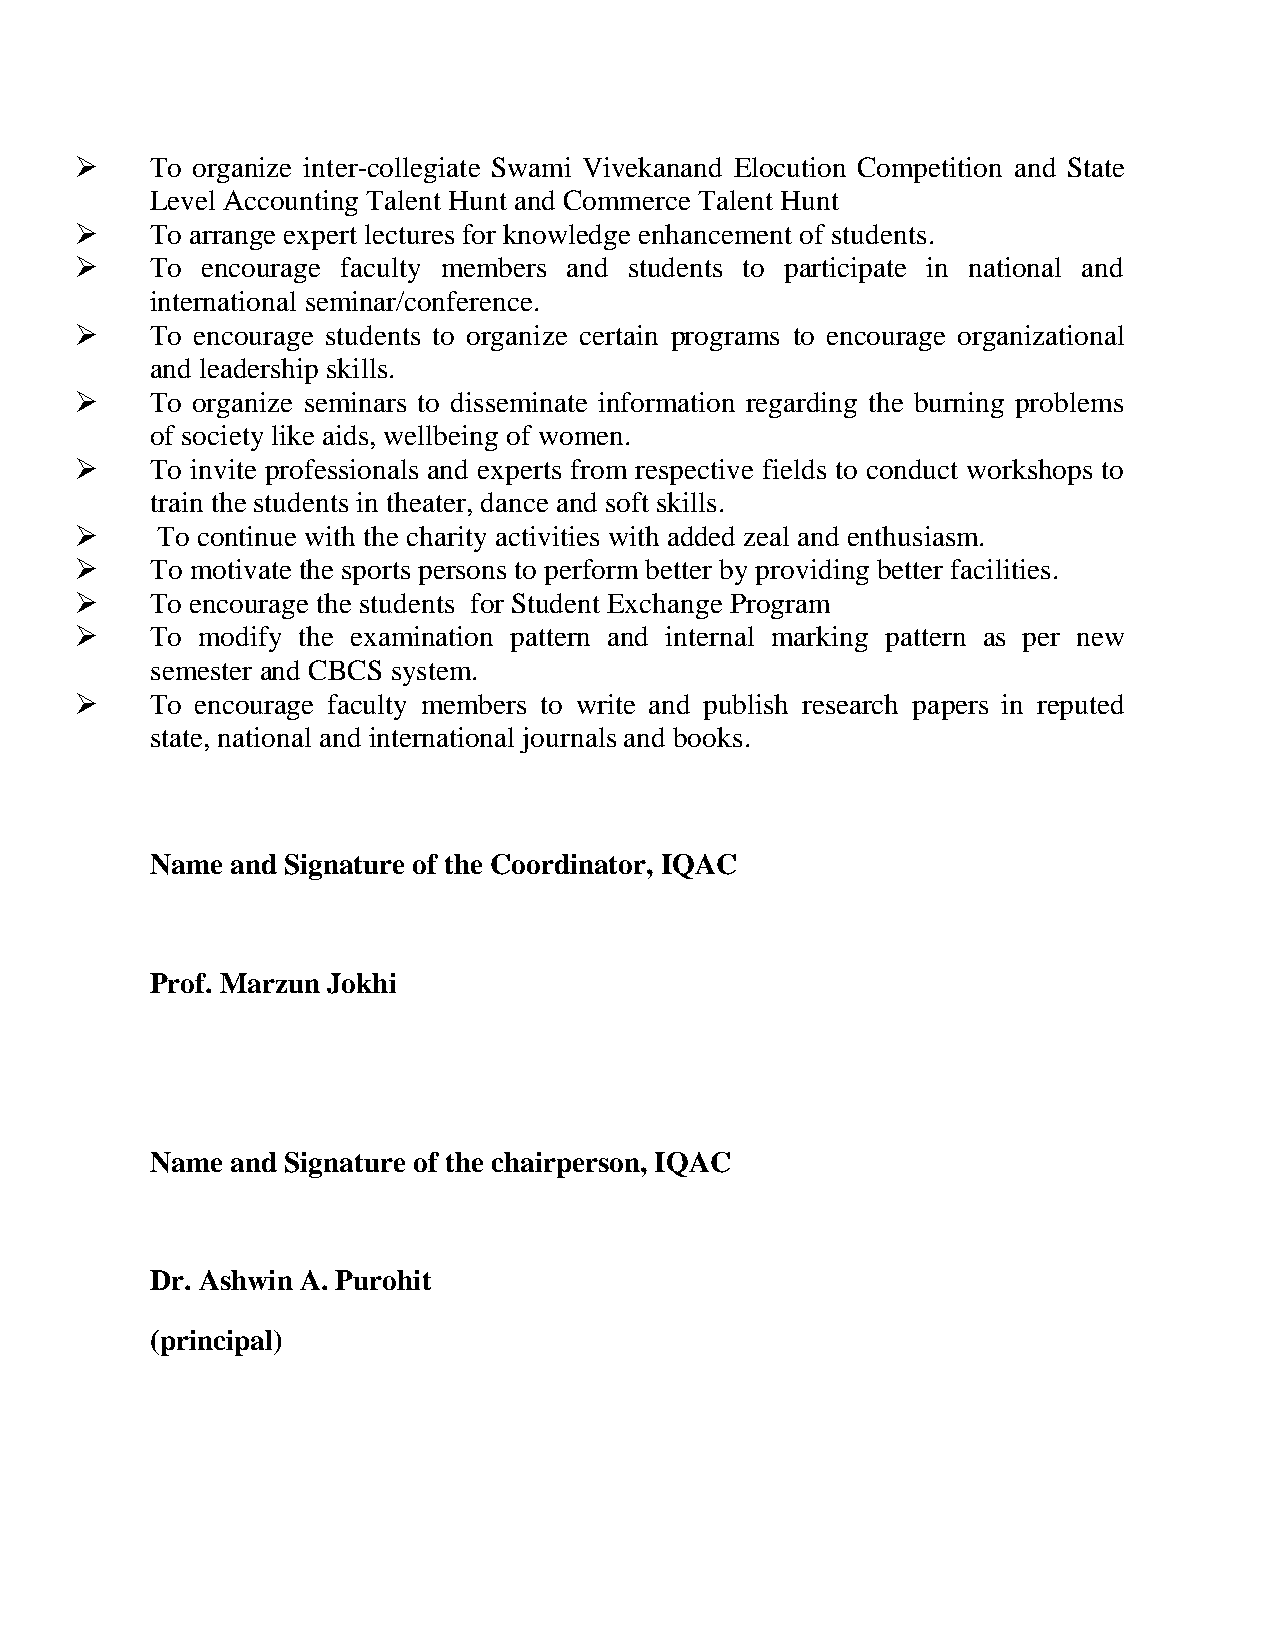
    To organize inter-collegiate Swami Vivekanand Elocution Competition and State
 Level Accounting Talent Hunt and Commerce Talent Hunt
     To arrange expert lectures for knowledge enhancement of students.
     To encourage faculty members and students to participate in national and
 international seminar/conference.
     To encourage students to organize certain programs to encourage organizational
 and leadership skills.
     To organize seminars to disseminate information regarding the burning problems
 of society like aids, wellbeing of women.
     To invite professionals and experts from respective fields to conduct workshops to
 train the students in theater, dance and soft skills.
     To continue with the charity activities with added zeal and enthusiasm.
     To motivate the sports persons to perform better by providing better facilities.
     To encourage the students for Student Exchange Program
     To modify the examination pattern and internal marking pattern as per new
 semester and CBCS system.
     To encourage faculty members to write and publish research papers in reputed
 state, national and international journals and books.
 Name and Signature of the Coordinator, IQAC
 Prof. Marzun Jokhi
 Name and Signature of the chairperson, IQAC
 Dr. Ashwin A. Purohit
 (principal)